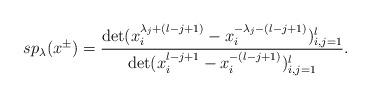
LaTeX: \begin{align*}sp_\lambda(x^{\pm})=\frac{\det(x^{\lambda_j+(l-j+1)}_i-x^{-\lambda_j-(l-j+1)}_i)^l_{i,j=1}}{\det(x^{l-j+1}_i-x^{-(l-j+1)}_i)^l_{i,j=1}}.\end{align*}